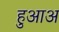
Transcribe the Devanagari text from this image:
हुआअ